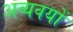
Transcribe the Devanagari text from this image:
अव्यवयों